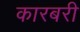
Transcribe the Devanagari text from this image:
कारबरी